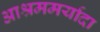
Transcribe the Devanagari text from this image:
आश्रममर्यादा